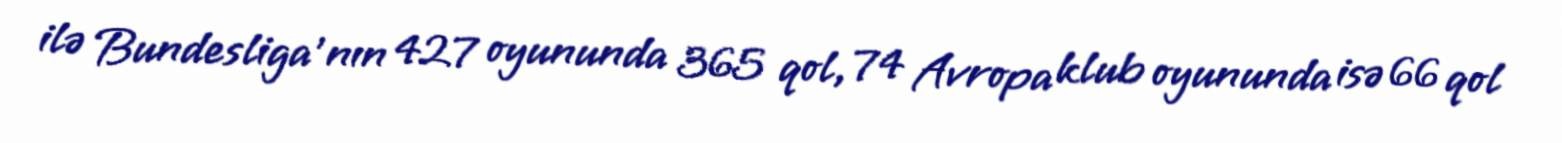
ilə Bundesliga'nın 427 oyununda 365 qol, 74 Avropa klub oyununda isə 66 qol